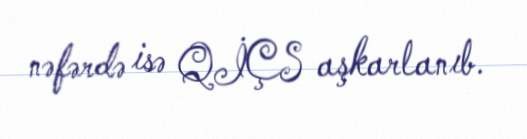
nəfərdə isə QİÇS aşkarlanıb.